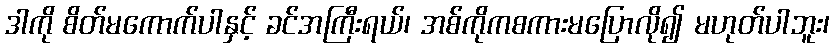
ဒါကို စိတ်မကောက်ပါနှင့် ခင်အကြီးရယ်၊ အစ်ကိုကစကားမပြောလို၍ မဟုတ်ပါဘူး၊